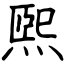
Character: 煕